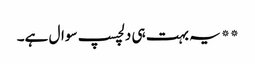
**یہ بہت ہی دلچسپ سوال ہے۔